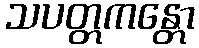
သပတ္တကန္တော